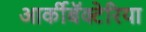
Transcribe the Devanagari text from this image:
आर्कीबॅक्टेरिया